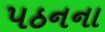
પઠનના